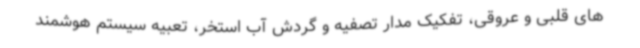
های قلبی و عروقی، تفکیک مدار تصفیه و گردش آب استخر، تعبیه سیستم هوشمند